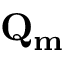
\bf { Q } _ { m }